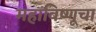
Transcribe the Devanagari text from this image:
महाविष्णूचा